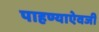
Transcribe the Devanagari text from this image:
पाहण्याऐवजी